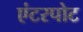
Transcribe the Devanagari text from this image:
एंटरपोट